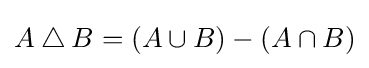
A\mathbin {\triangle } B=(A\cup B)-(A\cap B)